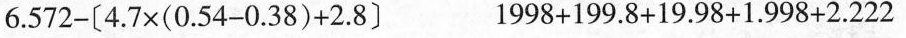
$$6 . 5 7 2 -〔 4 . 7 \times ( 0 . 5 4 - 0 . 3 8 ) + 2 . 8 〕$$ $$1 9 9 8 + 1 9 9 . 8 + 1 9 . 9 8 + 1 . 9 9 8 + 2 . 2 2 2$$